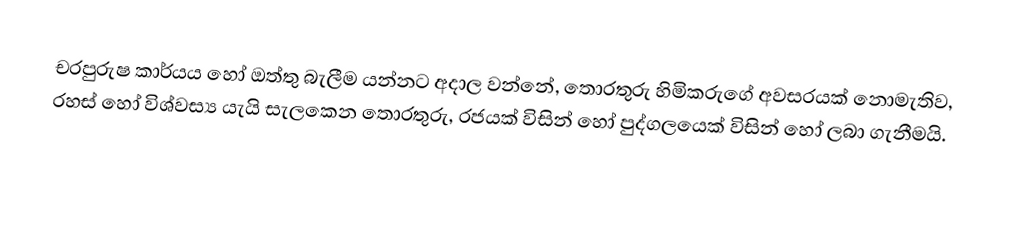
චරපුරුෂ කාර්යය හෝ ඔත්තු බැලීම යන්නට අදාල වන්නේ, තොරතුරු හිමිකරුගේ අවසරයක් නොමැතිව, රහස් හෝ විශ්වස්‍ය යැයි සැලකෙන තොරතුරු, රජයක් විසින් හෝ පුද්ගලයෙක් විසින් හෝ ලබා ගැනීමයි.